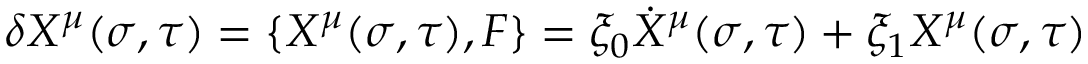
\delta X ^ { \mu } ( \sigma , \tau ) = { \lbrace X ^ { \mu } ( \sigma , \tau ) , F \rbrace } = \xi _ { 0 } \dot { X } ^ { \mu } ( \sigma , \tau ) + \xi _ { 1 } X ^ { \mu } ( \sigma , \tau )